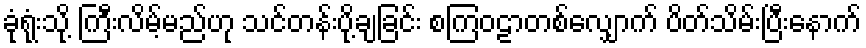
ခုံရုံးသို့ ကြီးလိမ့်မည်ဟု သင်တန်းပို့ချခြင်း စကြဝဠာတစ်လျှောက် ပိတ်သိမ်းပြီးနောက်